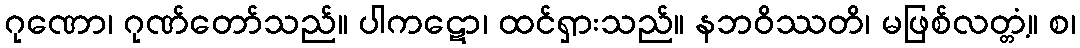
ဂုဏော၊ ဂုဏ်တော်သည်။ ပါကဋော၊ ထင်ရှားသည်။ နဘဝိဿတိ၊ မဖြစ်လတ္တံ့။ စ၊